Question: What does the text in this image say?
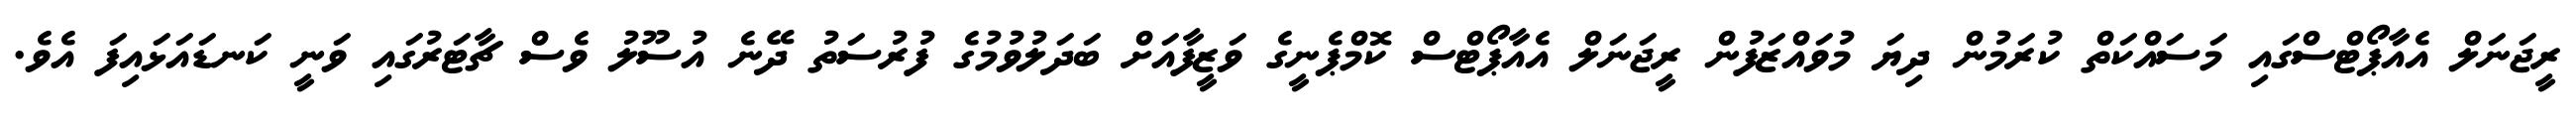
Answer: ރީޖަނަލް އެއާޕޯޓްސްގައި މަސައްކަތް ކުރަމުން ދިޔަ މުވައްޒަފުން ރީޖަނަލް އެއާޕޯޓްސް ކޮމްޕެނީގެ ވަޒީފާއަށް ބަދަލުވުމުގެ ފުރުސަތު ދޭނެ އުސޫލު ވެސް ޗާޓަރުގައި ވަނީ ކަނޑައަޅައިފަ އެވެ.